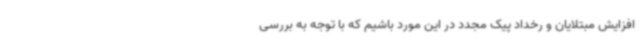
افزایش مبتلایان و رخداد پیک مجدد در این مورد باشیم که با توجه به بررسی